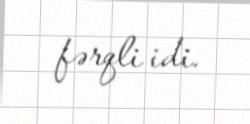
fərqli idi.